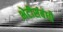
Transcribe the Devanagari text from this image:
भेटीसंबंधी